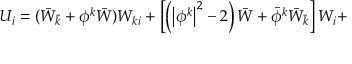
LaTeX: { \cal U } _ { i } = ( \bar { W } _ { \bar { k } } + \phi ^ { k } \bar { W } ) W _ { k i } + \left[ \left( \left| \phi ^ { k } \right| ^ { 2 } - 2 \right) \bar { W } + \bar { \phi } ^ { k } \bar { W } _ { \bar { k } } \right] W _ { i } +